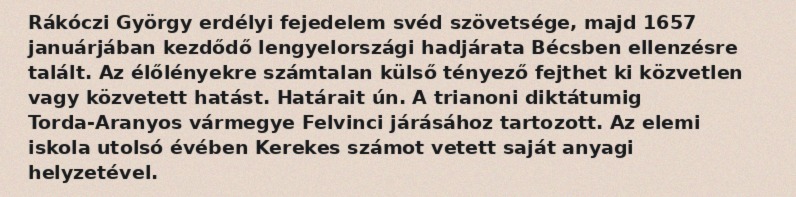
Rákóczi György erdélyi fejedelem svéd szövetsége, majd 1657 januárjában kezdődő lengyelországi hadjárata Bécsben ellenzésre talált. Az élőlényekre számtalan külső tényező fejthet ki közvetlen vagy közvetett hatást. Határait ún. A trianoni diktátumig Torda-Aranyos vármegye Felvinci járásához tartozott. Az elemi iskola utolsó évében Kerekes számot vetett saját anyagi helyzetével.